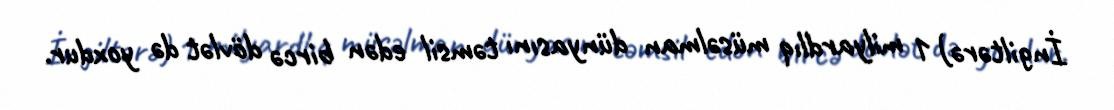
İngiltərə) 1 milyardlıq müsəlman dünyasını təmsil edən bircə dövlət də yoxdur.